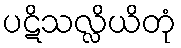
ပဋိသလ္လိယိတုံ